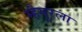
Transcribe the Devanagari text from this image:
म्हैसुरला